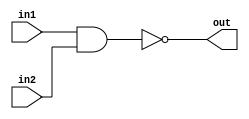
module NAND(in1, in2, out);
	input in1, in2;
	output out;
	assign out = ~(in1 & in2);
endmodule